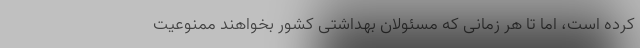
کرده است، اما تا هر زمانی که مسئولان بهداشتی کشور بخواهند ممنوعیت